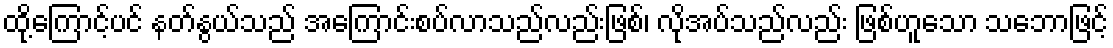
ထို့ကြောင့်ပင် နတ်နွယ်သည် အကြောင်းစပ်လာသည်လည်းဖြစ်၊ လိုအပ်သည်လည်း ဖြစ်ဟူသော သဘောဖြင့်